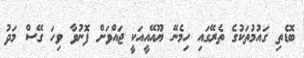
ބޮޑެތި ގައުމުތަކުގެ ތެރޭގައި ހިމެނޭ ޔޫއޭއީއަކީ ޖައްވަށް ފޮނުވާ ވިހަ ގޭސް މަދު